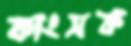
কাংসক